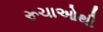
રૂચાઓથી